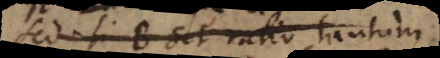
Sed si B sit ratio tantum